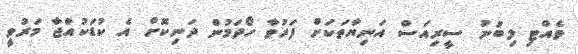
ވެއްޓި ލިބުނު ސީރިއަސް އަނިޔާތަކަށް ފަރުވާ ހޯދަމުން ދަނިކޮށް އެ ކުޑަކުއްޖާ މަރުވީ